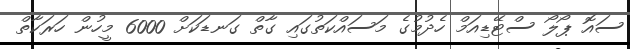
ސައޮ ޕޯލޯ ސްޓޭޑިއަމް ހެދުމުގެ މަސައްކަތުގައި ގާތް ގަނޑަކަށް 6000 މީހުން ހަރަކާތް